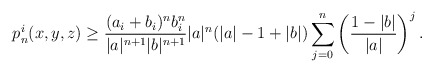
\begin{align*}p^i_{n}(x,y,z)\geq \frac{(a_i+b_i)^n b_i^n}{|a|^{n+1}|b|^{n+1}}|a|^n (|a|-1+|b|)\sum_{j=0}^n \left(\frac{1-|b|}{|a|} \right)^j.\end{align*}